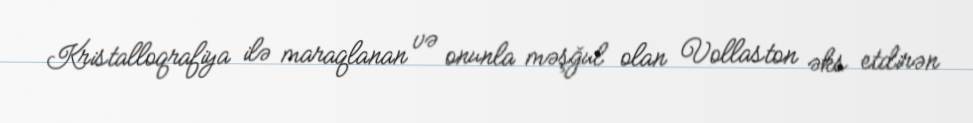
Kristalloqrafiya ilə maraqlanan və onunla məşğul olan Vollaston əks etdirən